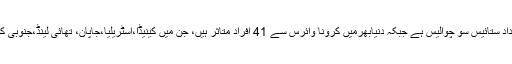
چین میں تصدیق شدہ کیسز کی تعداد ستائیس سو چوالیس ہے جبکہ دنیابھرمیں کرونا وائرس سے 41 افراد متاثر ہیں، جن میں کینیڈا،آسٹریلیا،جاپان، تھائی لینڈ،جنوبی کوریا، یورپ اورامریکا شامل ہیں۔